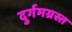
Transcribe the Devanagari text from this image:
दुर्गमग्रस्त